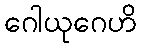
ဂေါယုဂေဟိ